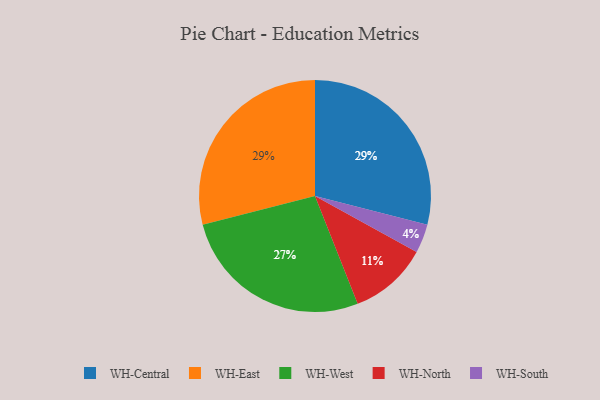
{"axis": {"x": "Category", "y": "Percentage"}, "legend": ["WH-Central", "WH-East", "WH-North", "WH-South", "WH-West"], "data": [{"x": "WH-North", "y": 11, "type": "WH-North"}, {"x": "WH-Central", "y": 29, "type": "WH-Central"}, {"x": "WH-West", "y": 27, "type": "WH-West"}, {"x": "WH-East", "y": 29, "type": "WH-East"}, {"x": "WH-South", "y": 4, "type": "WH-South"}]}